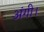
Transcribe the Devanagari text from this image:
अंगी।